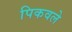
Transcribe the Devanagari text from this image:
पिकवले